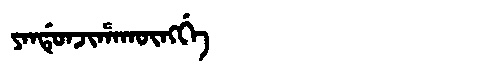
Manchu: ᠶᠠᠨᡩᡠᠨᠵᡳᡥᠠᡴᡡᠩᡤᡝ
Romanization: YANDUNJIHAKŪNGGE